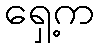
ရှေ့က